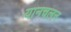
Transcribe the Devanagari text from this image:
यानचलन